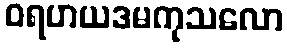
ဝရဟယဒမကုသလော